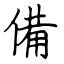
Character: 備